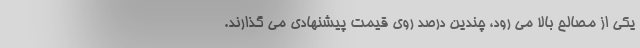
یکی از مصالح بالا می رود، چندین درصد روی قیمت پیشنهادی می گذارند.